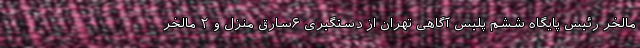
مالخر رئیس پایگاه ششم پلیس آگاهی تهران از دستگیری ۶سارق منزل و ۲ مالخر